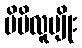
မိမိလူမျိုး